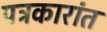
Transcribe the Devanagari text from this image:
पत्रकारांत